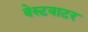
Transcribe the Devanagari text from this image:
वेस्टवाटर